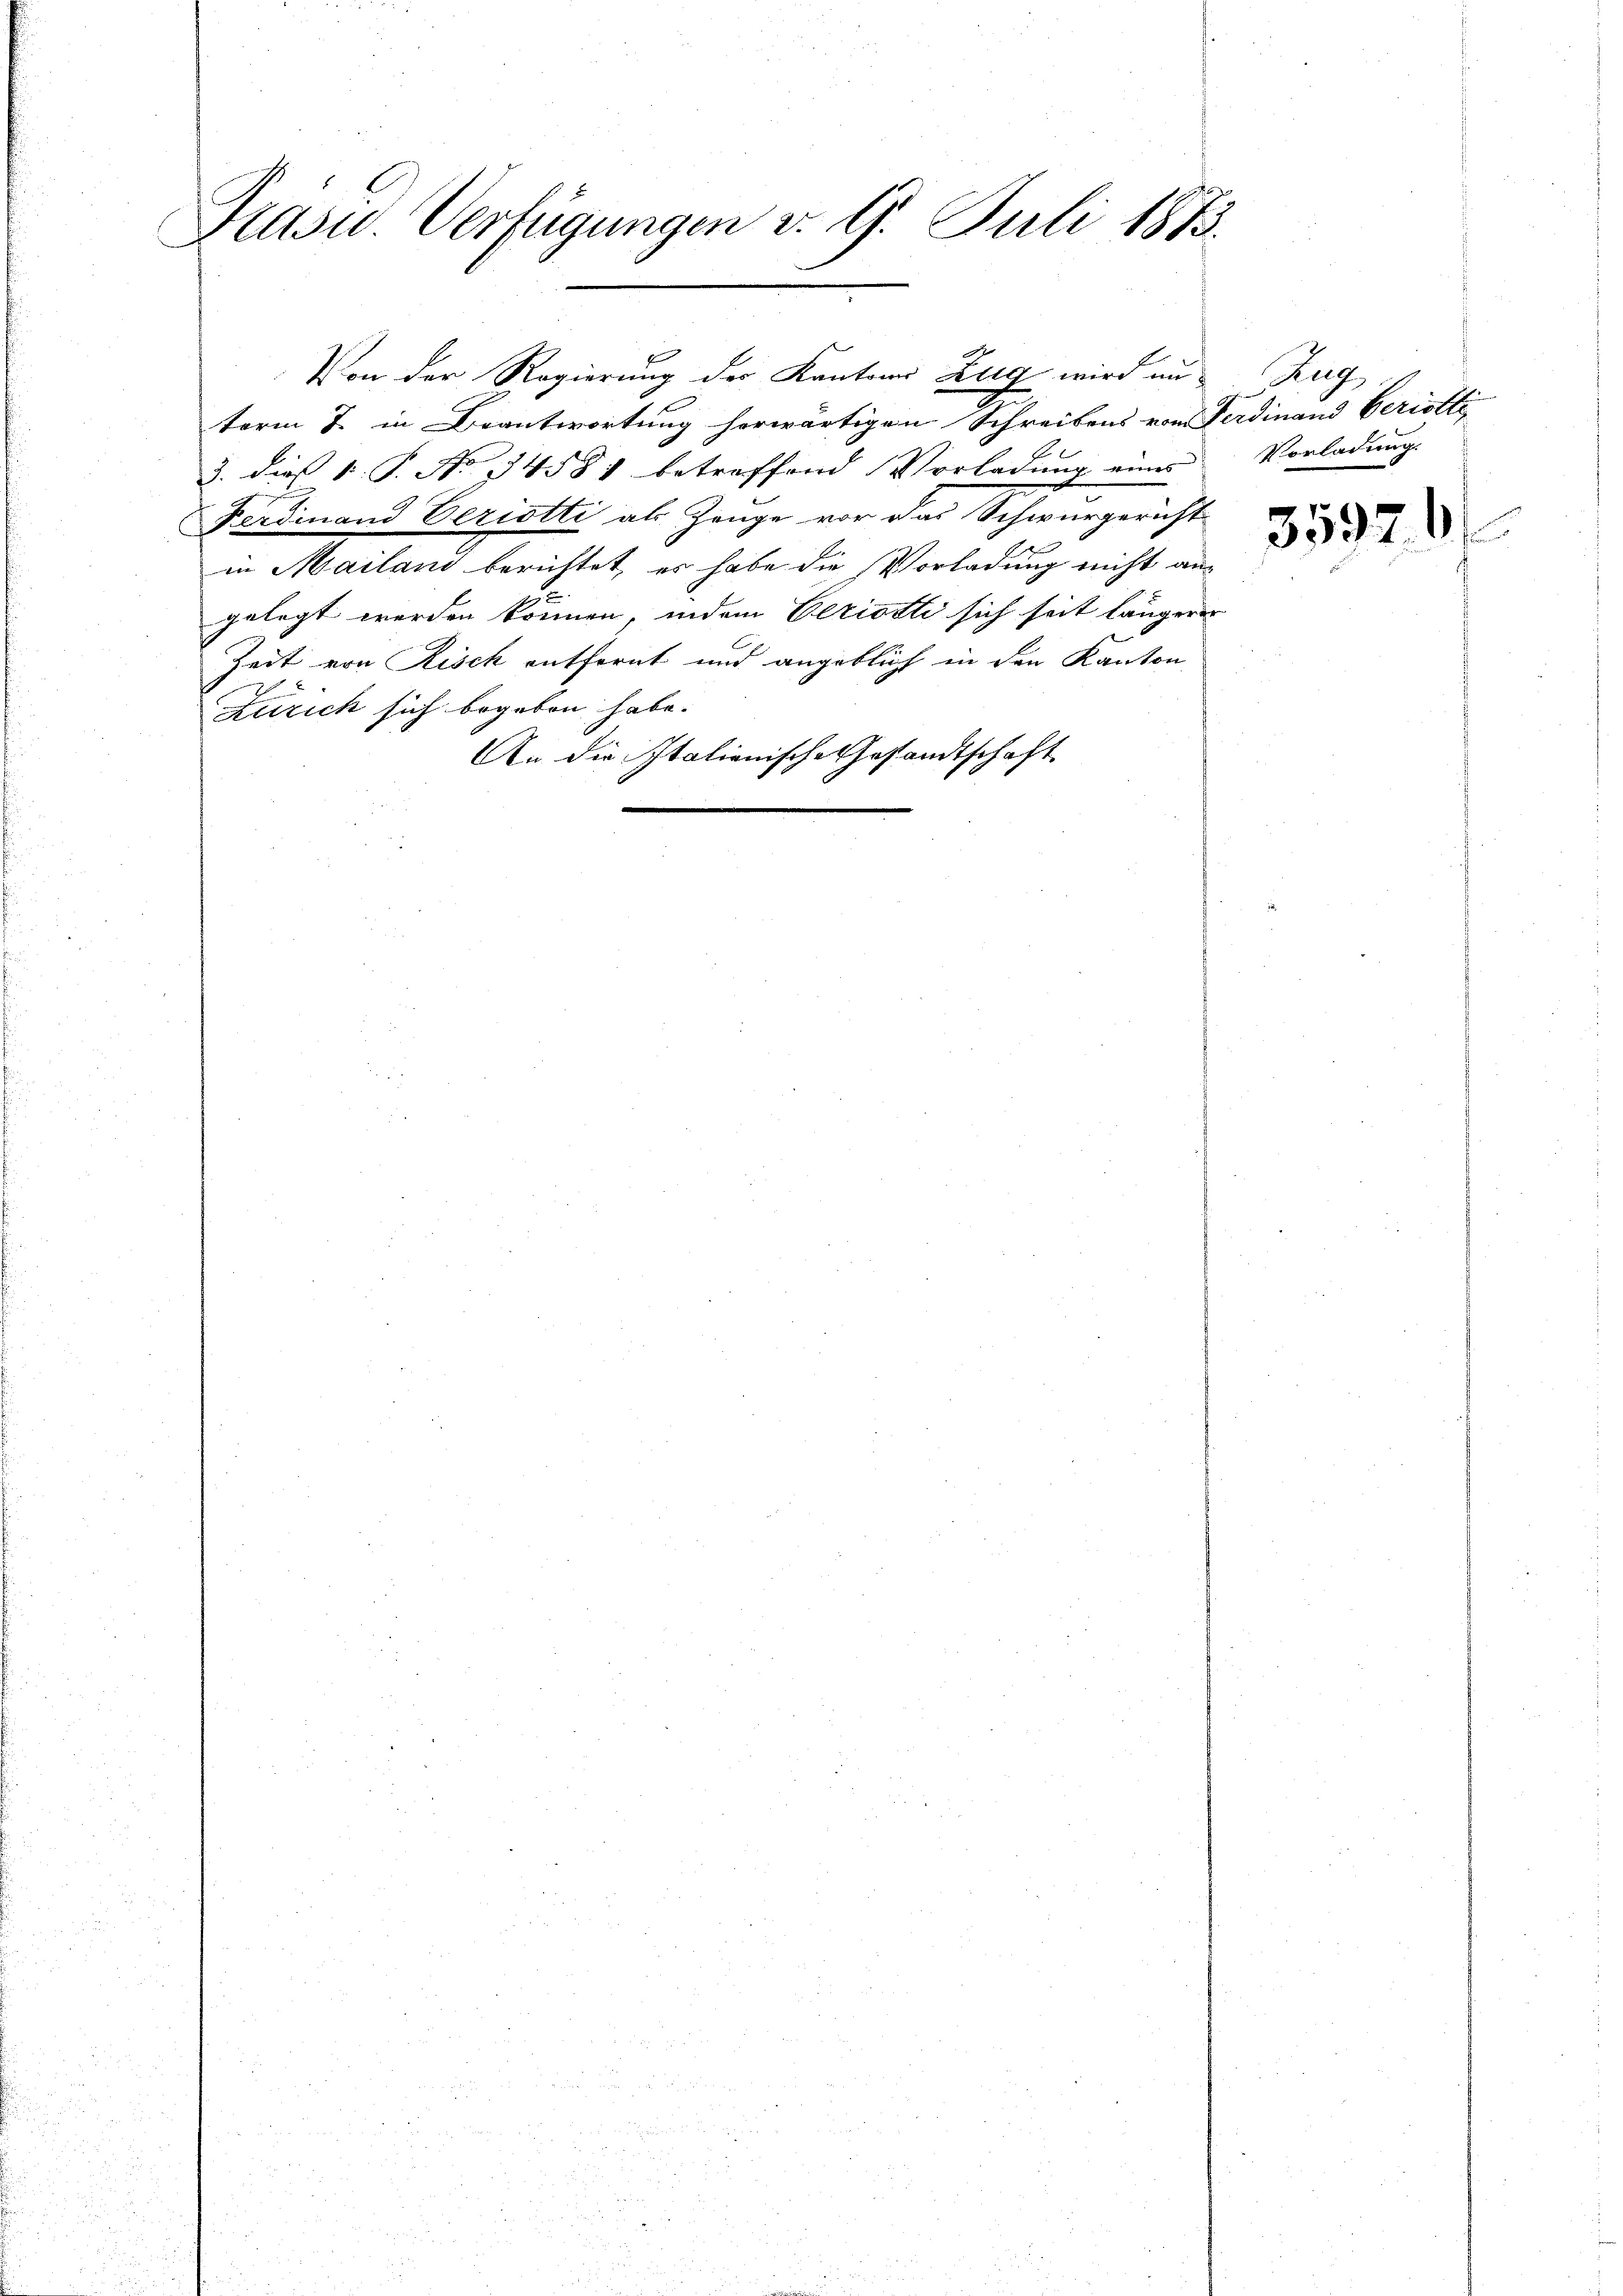
Kasu. Verfügungen v. 9. Juli 1873.

term 7. in Beantwortung herwärtigen Schreibens vom Ferdinand Bericht
3. dieß 1 P. No 1458 betreffend Vorladung eines
Ferdinand berietti als Zeuge vor das Schwurgericht
in Mailand berichtet, es habe die Vorladung nicht angelegt werden können, indem Beziotti sich seit längerer
Zeit von Risch entfernt und angeblich in den Kanton
Zürich sich begeben habe.
An die Italienische Gestandtschaft
e

f
Von der Regierung der Kantons Zug wird an Zug

Vorladung.

35926